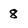
Character: 8